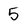
Character: 5